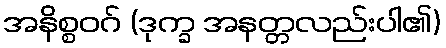
အနိစ္စဝဂ် (ဒုက္ခ အနတ္တလည်းပါ၏)